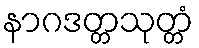
နာဂဒတ္တသုတ္တံ